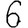
Digit: 6